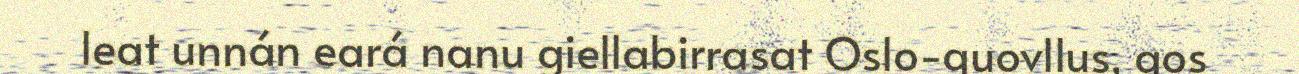
leat unnán eará nanu giellabirrasat Oslo-guovllus, gos